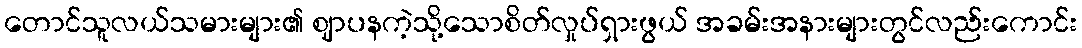
တောင်သူလယ်သမားများ၏ ဈာပနကဲ့သို့သောစိတ်လှုပ်ရှားဖွယ် အခမ်းအနားများတွင်လည်းကောင်း